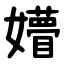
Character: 㜴